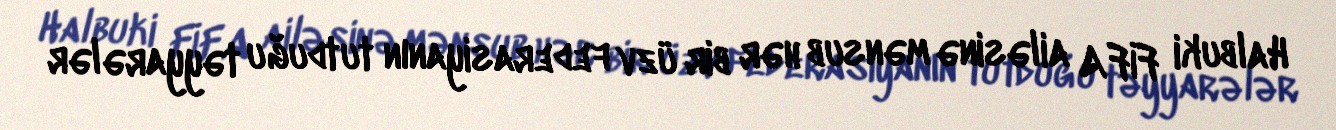
Halbuki FİFA ailəsinə mənsub hər bir üzv federasiyanın tutduğu təyyarələr